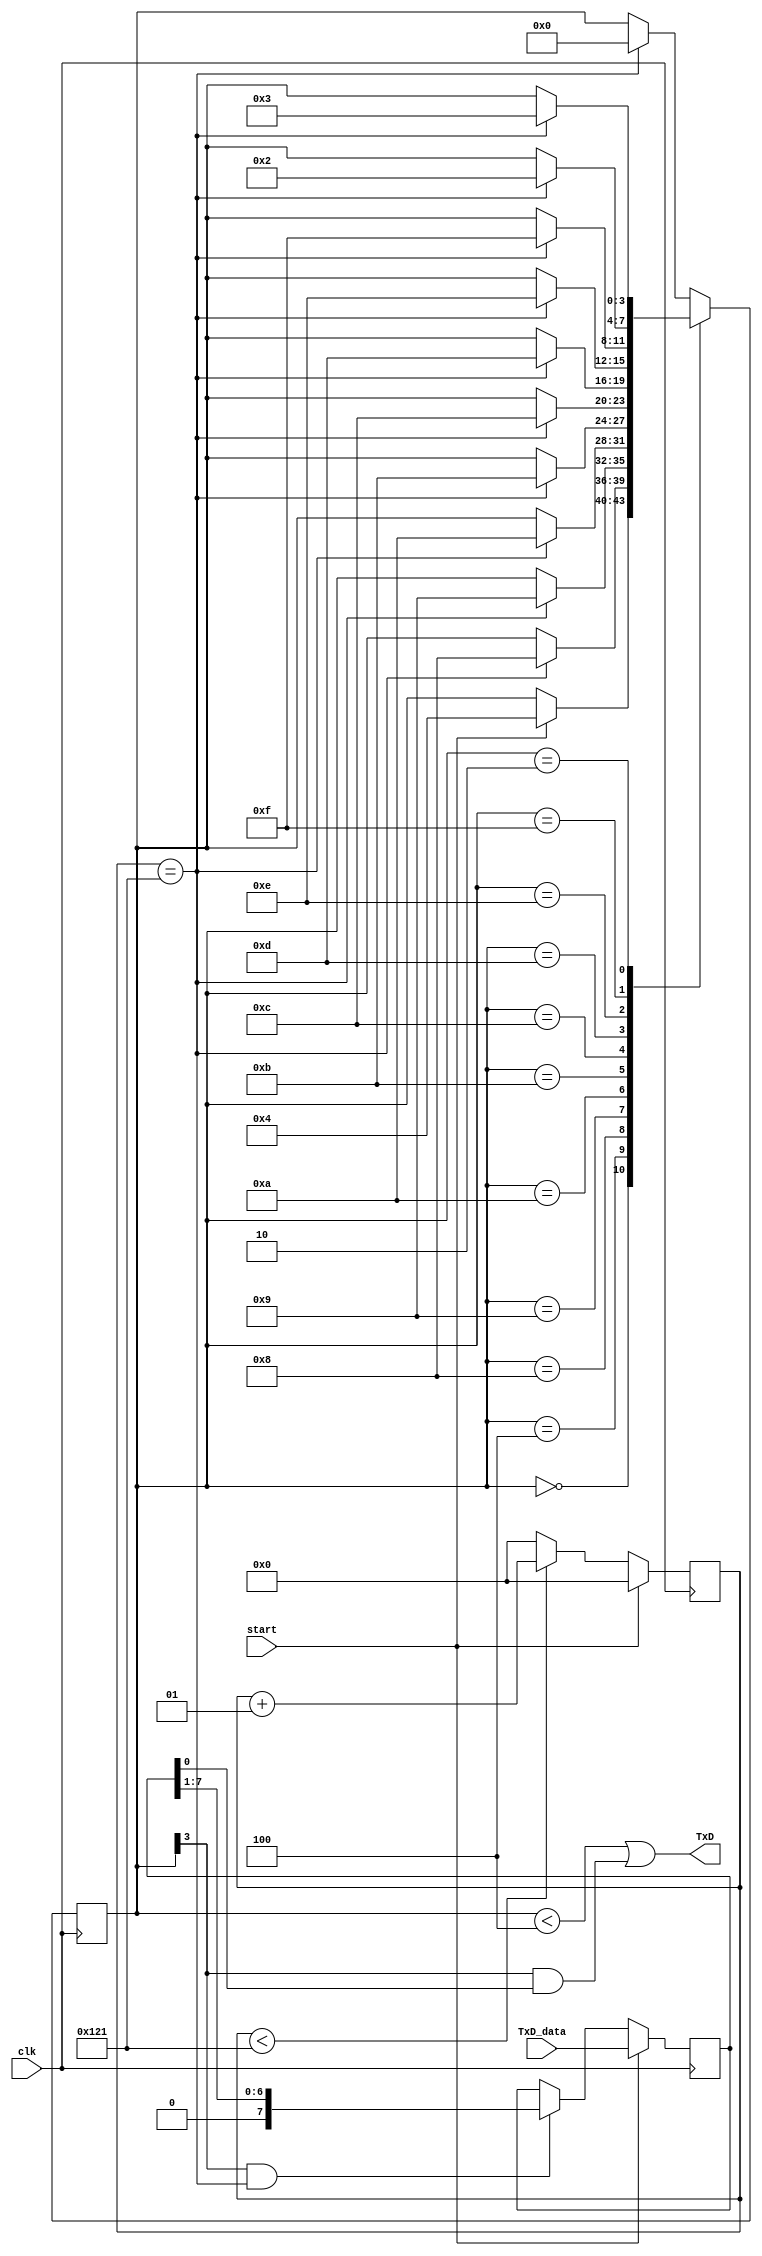
`timescale 1ns / 1ps
//////////////////////////////////////////////////////////////////////////////////
// Company: 
// Engineer: 
// 
// Design Name: 
// Module Name:    transmitter 
// Project Name: 
// Target Devices: 
// Tool versions: 
// Description: 
//
// Dependencies: 
//
// Revision: 
// Revision 0.01 - File Created
// Additional Comments: 
//
//////////////////////////////////////////////////////////////////////////////////
module transmitter(clk,start,TxD_data,TxD);
	
	//parameter Baud = 115200;
	parameter SIGNAL_DURATION = 290-1;//(1/Baud)*10^9/period // 0 -> same as clkFreq
	localparam BYTE = 8;		// changing this requires changinother stuff too.
	
	input clk,start;
	input [BYTE-1:0] TxD_data;
	output TxD;
	
	reg [3:0] TxD_state = 0;
	reg [7:0] TxD_shift = 0;
	
	integer signalDurationCounter =0;
	wire BitTick = (signalDurationCounter == SIGNAL_DURATION);
	
	always @(posedge clk)
	begin
		if(signalDurationCounter < SIGNAL_DURATION) begin
			signalDurationCounter <= signalDurationCounter +1;
		end else begin
			signalDurationCounter <=0;
		end
		if(start)begin
			signalDurationCounter <=0;
			TxD_shift <= TxD_data;
		end else
		if(TxD_state[3] & BitTick)
			TxD_shift <= (TxD_shift >> 1);

		case(TxD_state)													// based on tutorial
			4'b0000: if(start) TxD_state <= 4'b0100;
			4'b0100: if(BitTick) TxD_state <= 4'b1000;  // start bit
			4'b1000: if(BitTick) TxD_state <= 4'b1001;  // bit 0
			4'b1001: if(BitTick) TxD_state <= 4'b1010;  // bit 1
			4'b1010: if(BitTick) TxD_state <= 4'b1011;  // bit 2
			4'b1011: if(BitTick) TxD_state <= 4'b1100;  // bit 3
			4'b1100: if(BitTick) TxD_state <= 4'b1101;  // bit 4
			4'b1101: if(BitTick) TxD_state <= 4'b1110;  // bit 5
			4'b1110: if(BitTick) TxD_state <= 4'b1111;  // bit 6
			4'b1111: if(BitTick) TxD_state <= 4'b0010;  // bit 7
			4'b0010: if(BitTick) TxD_state <= 4'b0011;  // stop1
			4'b0011: if(BitTick) TxD_state <= 4'b0000;  // stop2
			default: if(BitTick) TxD_state <= 4'b0000;
		endcase
	end
	
	assign TxD = (TxD_state<4) | (TxD_state[3] & TxD_shift[0]);  // put together the start, data and stop bits

endmodule